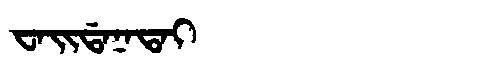
Manchu: ᠸᠠᡳᡩᠠᠨᠠᡨᠠᡳ
Romanization: WAIDANATAI